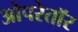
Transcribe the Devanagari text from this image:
ओपरेतॉर